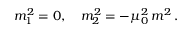
m _ { 1 } ^ { 2 } = 0 , \quad m _ { 2 } ^ { 2 } = - \mu _ { 0 } ^ { 2 } \, m ^ { 2 } \, { . }